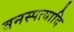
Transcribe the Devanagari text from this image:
वनस्पत्यादि